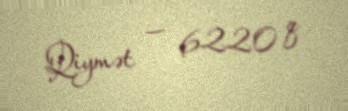
Qiymət — 6220 q